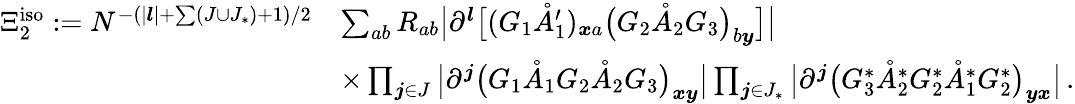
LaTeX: \begin{array}{rl}{\Xi_{2}^{\mathrm{iso}}:=N^{-(|\boldsymbol{l}|+\sum(J\cup J_{*})+1)/2}}&{\sum_{ab}R_{ab}\big|\partial^{\boldsymbol{l}}\big[(G_{1}\mathring{A}_{1}^{\prime})_{\boldsymbol{x}a}\big(G_{2}\mathring{A}_{2}G_{3}\big)_{b\boldsymbol{y}}\big]\big|}\\ &{\times\prod_{\boldsymbol{j}\in J}\big|\partial^{\boldsymbol{j}}\big(G_{1}\mathring{A}_{1}G_{2}\mathring{A}_{2}G_{3}\big)_{\boldsymbol{x}\boldsymbol{y}}\big|\prod_{\boldsymbol{j}\in J_{*}}\big|\partial^{\boldsymbol{j}}\big(G_{3}^{*}\mathring{A}_{2}^{*}G_{2}^{*}\mathring{A}_{1}^{*}G_{2}^{*}\big)_{\boldsymbol{y}\boldsymbol{x}}\big|\, .}\end{array}